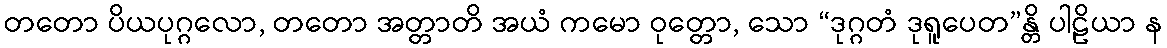
တတော ပိယပုဂ္ဂလော, တတော အတ္တာတိ အယံ ကမော ဝုတ္တော, သော “ဒုဂ္ဂတံ ဒုရူပေတ”န္တိ ပါဠိယာ န